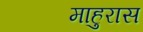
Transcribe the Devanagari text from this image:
माहुरास